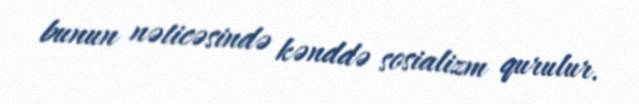
bunun nəticəsində kənddə sosializm qurulur.